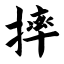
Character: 摔